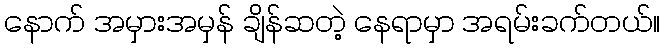
နောက် အမှားအမှန် ချိန်ဆတဲ့ နေရာမှာ အရမ်းခက်တယ်။